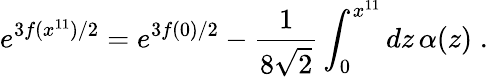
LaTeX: e^{3f(x^{11})/2}=e^{3f(0)/2}-\frac{1}{8\sqrt{2}}\int_{0}^{x^{11}}dz\, \alpha(z)\; .